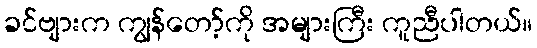
ခင်ဗျားက ကျွန်တော့်ကို အများကြီး ကူညီပါတယ်။